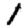
Digit: 1